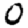
Digit: 0